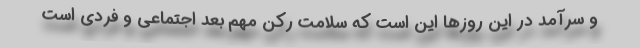
و سرآمد در این روزها این است که سلامت رکن مهم بعد اجتماعی و فردی است